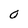
Character: O